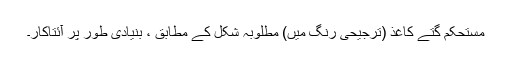
مستحکم گتے کاغذ (ترجیحی رنگ میں) مطلوبہ شکل کے مطابق ، بنیادی طور پر آئتاکار۔